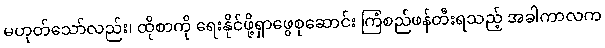
မဟုတ်သော်လည်း၊ ထိုစာကို ရေးနိုင်ဖို့ရှာဖွေစုဆောင်း ကြံစည်ဖန်တီးရသည့် အခါကာလက